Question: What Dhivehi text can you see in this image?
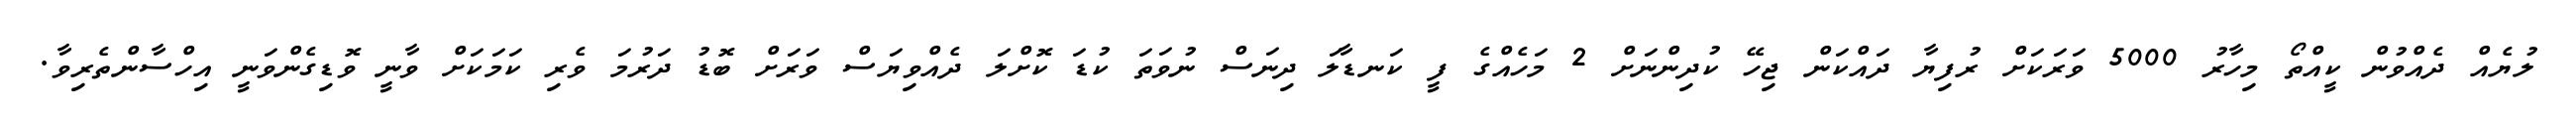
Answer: ލުޔެއް ދެއްވުން ކީއްތޯ މިހާރު 5000 ވަރަކަށް ރުފިޔާ ދައްކަން ޖިހޭ ކުދިންނަށް 2 މަހެއްގެ ފީ ކަނޑާލަ ދިނަސް ނުވަތަ ކުޑަ ކޮށްލަ ދެއްވިޔަސް ވަރަށް ބޮޑު ދަރުމަ ވެރި ކަމަކަށް ވާނީ ވޮޑިގެންވަނީ އިހްސާންތެރިވާ.